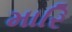
મારિ